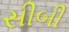
સીબી